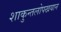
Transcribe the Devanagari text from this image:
शाकुन्तलोपखयान